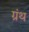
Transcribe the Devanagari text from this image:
ग्रंथ्‍ा